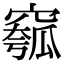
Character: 𥧰